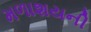
મળાશયની